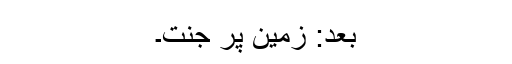
بعد: زمین پر جنت۔